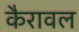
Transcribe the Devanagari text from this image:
कैरावल